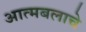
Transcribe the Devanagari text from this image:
आत्मबलाचे